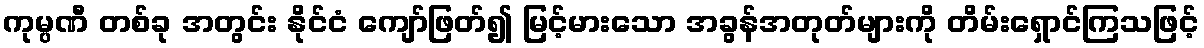
ကုမ္ပဏီ တစ်ခု အတွင်း နိုင်ငံ ကျော်ဖြတ်၍ မြင့်မားသော အခွန်အတုတ်များကို တိမ်းရှောင်ကြသဖြင့်